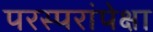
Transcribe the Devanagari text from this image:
परस्परांपेक्षा